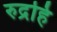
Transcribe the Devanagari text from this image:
रुद्रहि